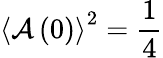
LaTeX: \left\langle\mathcal{A}\left(0\right)\right\rangle^{2}=\frac{{1}}{{4}}